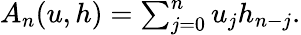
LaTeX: \begin{array}{r}{A_{n}(u,h)=\sum_{j=0}^{n}u_{j}h_{n-j}.}\end{array}